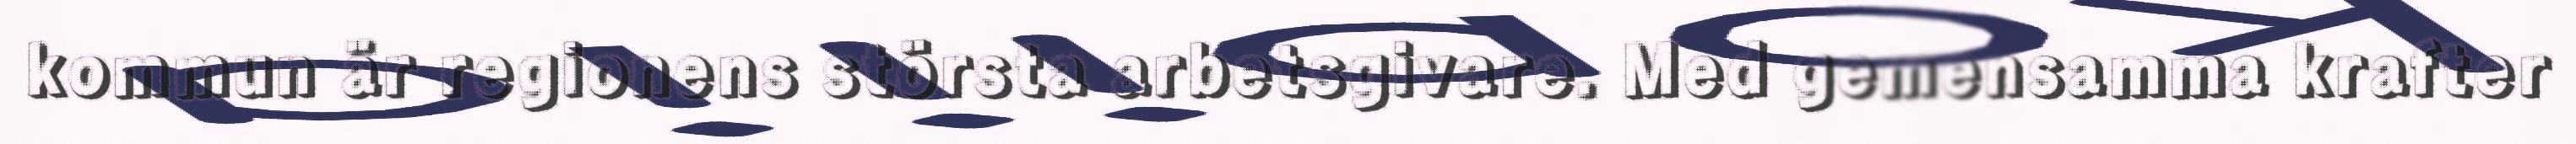
kommun är regionens största arbetsgivare. Med gemensamma krafter